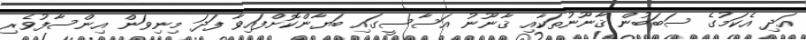
އަދި އެކަމުގެ ސަބަބުން ޤާނޫނުތަކާއި ޤާނޫނު އަސާސީގައި ބަޔާންކޮށްފައިވާ ފަދަ މިނިވަން އިންސާފުވެރި